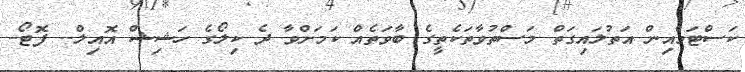
ކަސްޓަމްއިން އަތުލައިގަތް މަސްތުވާތަކެތީގެ ބާވަތެއް ކަމަށްވާ ދެ ކިލޯގެ ހަޝިޝް އޮއިލް-- ފޮޓޯ-